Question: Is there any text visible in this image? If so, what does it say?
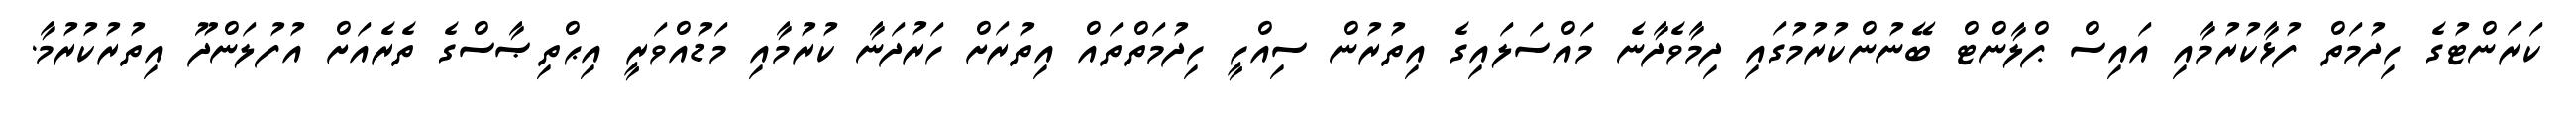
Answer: ކަރަންޓުގެ ހިދުމަތް ފުޅާކުރުމާއި އައިސް ޕްލާންޓް ބޭނުންކުރުމުގައި ދިމާވެދާނެ މައްސަލައިގެ އިތުރުން ސިއްހީ ހިދުމަތްތައް އިތުރަށް ހަރުދަނާ ކުރުމާއި މަޑުއްވަރީ އިޙްތިޞާސްގެ ތެރެއަށް އުފުލަންދޫ އިތުރުކުރުމާ.